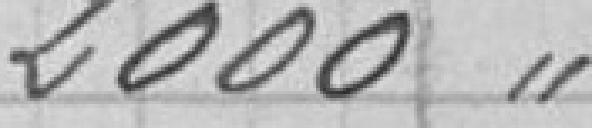
2000